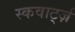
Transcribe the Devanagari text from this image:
स्कवार्ट्ज़